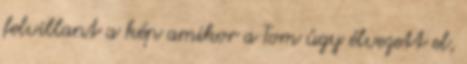
felvillant a kép amikor a Tom úgy élvezett el,